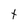
Character: t